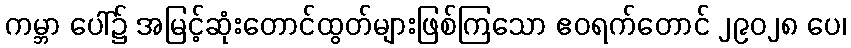
ကမ္ဘာ ပေါ်၌ အမြင့်ဆုံးတောင်ထွတ်များဖြစ်ကြသော ဧဝရက်တောင် ၂၉၀၂၈ ပေ၊